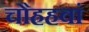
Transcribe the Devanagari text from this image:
चौहहवां